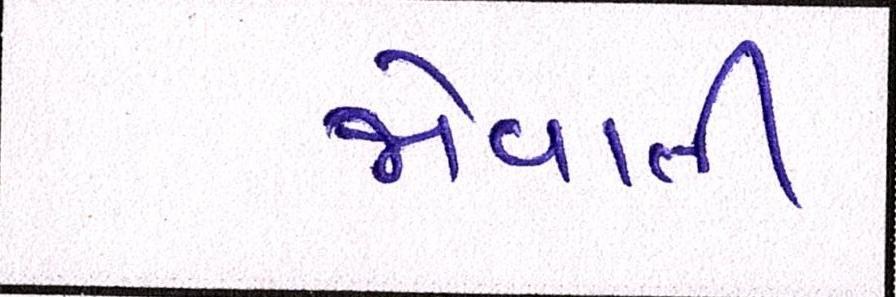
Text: જોવાતી